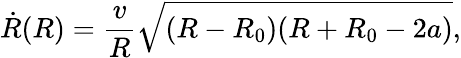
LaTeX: \dot{R}(R)=\frac vR\sqrt{(R-R_{0})(R+R_{0}-2a)},